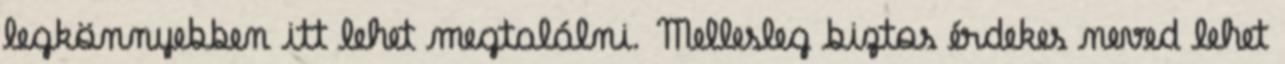
legkönnyebben itt lehet megtalálni. Mellesleg biztos érdekes neved lehet